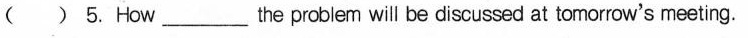
() 5. How___the problem will be discussed at tomorrow's meeting.